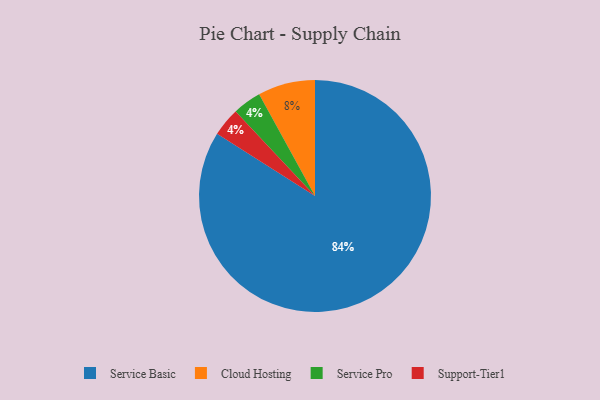
{"axis": {"x": "Category", "y": "Percentage"}, "legend": ["Cloud Hosting", "Service Basic", "Service Pro", "Support-Tier1"], "data": [{"x": "Service Pro", "y": 4, "type": "Service Pro"}, {"x": "Cloud Hosting", "y": 8, "type": "Cloud Hosting"}, {"x": "Service Basic", "y": 84, "type": "Service Basic"}, {"x": "Support-Tier1", "y": 4, "type": "Support-Tier1"}]}